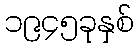
၁၉၄၅ခုနှစ်